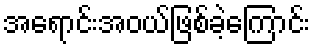
အရောင်းအဝယ်ဖြစ်ခဲ့ကြောင်း